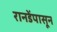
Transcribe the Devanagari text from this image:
रानडेंपासून